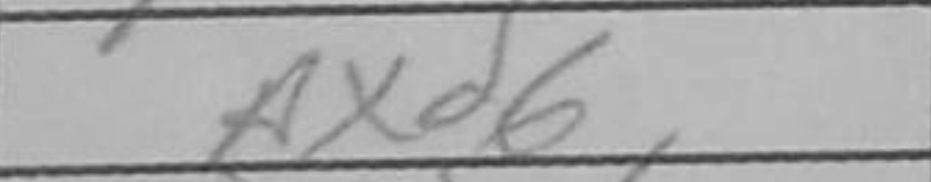
Transcription: Nxd6